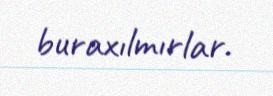
buraxılmırlar.